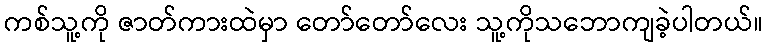
ကစ်သူ့ကို ဇာတ်ကားထဲမှာ တော်တော်လေး သူ့ကိုသဘောကျခဲ့ပါတယ်။